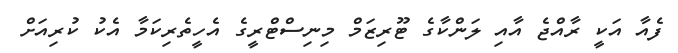
ފެއާ އަކީ ރާއްޖެ އާއި ލަންކާގެ ޓޫރިޒަމް މިނިސްޓްރީގެ އެހީތެރިކަމާ އެކު ކުރިއަށް